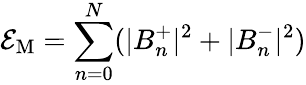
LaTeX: {\cal E}_{\mathrm{M}}=\sum_{n=0}^{N}(|B_{n}^{+}|^{2}+|B_{n}^{-}|^{2})